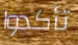
تأكدوا